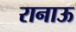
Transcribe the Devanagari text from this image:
रानाऊ